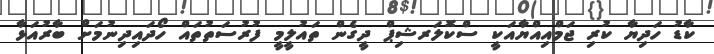
ކާޑު ހަދިޔާ ކުރި ޖަމްއިއްޔާއަކީ ސްކޮލަރޝިޕް ދީގެން ތައުލީމީ ފުރުސަތުތައް ހޯދައިދިނުމަށް ބާރުއަޅާ